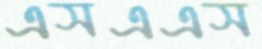
এসএএস